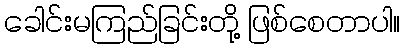
ခေါင်းမကြည်ခြင်းတို့ ဖြစ်စေတာပါ။